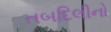
તબદિલીનો